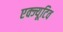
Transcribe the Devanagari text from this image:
एक्ज्यूटिव